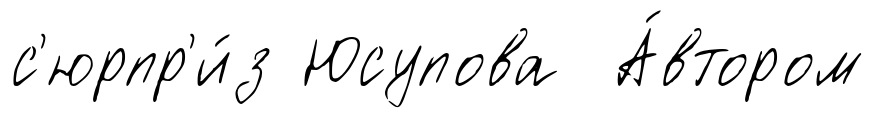
с'юрпр'и́з Юсупова А́втором